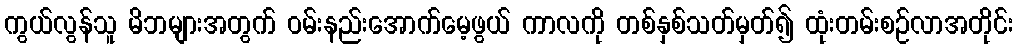
ကွယ်လွန်သူ မိဘများအတွက် ဝမ်းနည်းအောက်မေ့ဖွယ် ကာလကို တစ်နှစ်သတ်မှတ်၍ ထုံးတမ်းစဉ်လာအတိုင်း